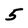
Character: 5